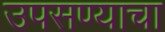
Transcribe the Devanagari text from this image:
उपसण्याचा